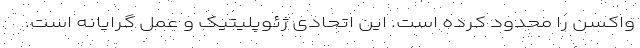
واکسن را محدود کرده است. این اتحادی ژئوپلیتیک و عمل گرایانه است.